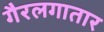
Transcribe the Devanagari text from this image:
गैरलगातार